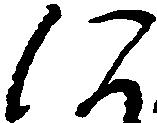
に